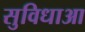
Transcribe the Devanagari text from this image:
सुविधाआ